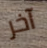
آخر